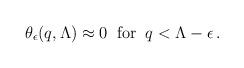
LaTeX: \begin{align*}\theta_{\epsilon}(q,\Lambda)\approx 0 \;\; {\rm for} \; \; q <\Lambda-\epsilon \,.\end{align*}